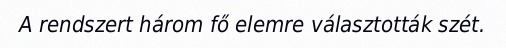
A rendszert három fő elemre választották szét.